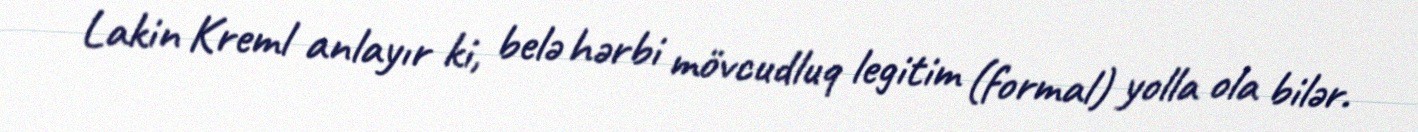
Lakin Kreml anlayır ki, belə hərbi mövcudluq legitim (formal) yolla ola bilər.